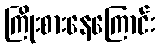
ကြိုးစားနေကြောင်း